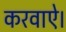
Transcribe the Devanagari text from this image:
करवाऐ।